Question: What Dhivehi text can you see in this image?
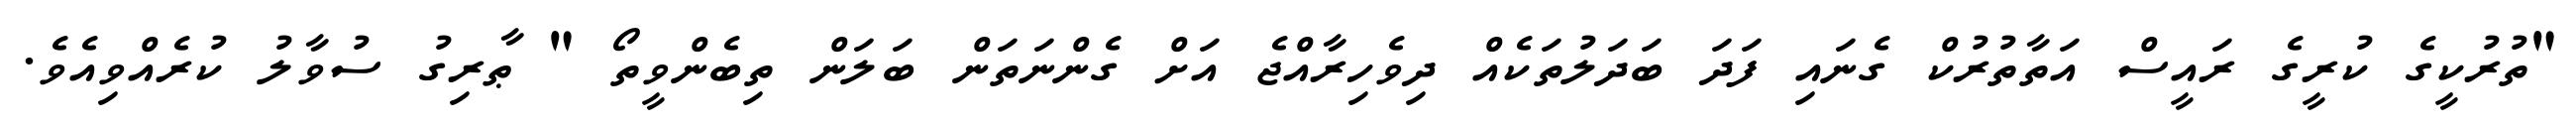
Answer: "ތުރުކީގެ ކުރީގެ ރައީސް އަތާތުރުކް ގެނައި ފަދަ ބަދަލުތަކެއް ދިވެހިރާއްޖެ އަށް ގެންނަތަން ބަލަން ތިބެންވީތޯ " ޠާރިގު ސުވާލު ކުރެއްވިއެވެ.